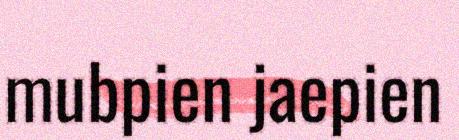
mubpien jaepien